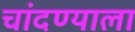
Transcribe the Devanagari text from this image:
चांदण्याला